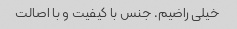
خیلی راضیم. جنس با کیفیت و با اصالت